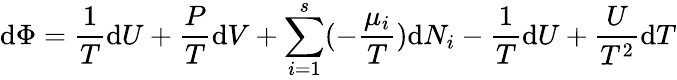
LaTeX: \mathrm{d}\Phi={\frac{{1}}{{T}}}\mathrm{d}U+{\frac{{P}}{{T}}}\mathrm{d}V+\sum_{i=1}^{s}(-{\frac{{\mu_{i}}}{{T}}})\mathrm{d}N_{i}-{\frac{{1}}{{T}}}\mathrm{d}U+{\frac{{U}}{{T^{2}}}}\mathrm{d}T